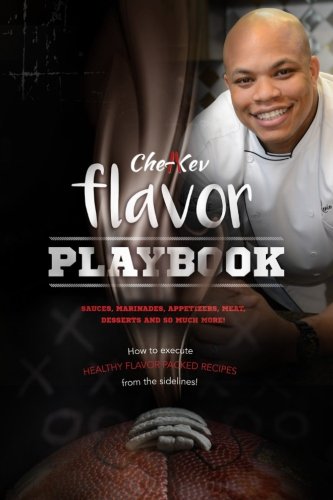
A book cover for The Flavor Playbook; Kevin V Winston II; Cookbooks, Food & Wine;